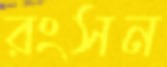
রংসন